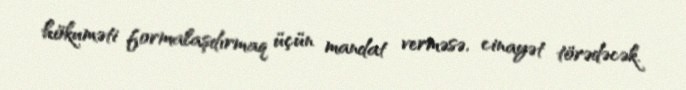
hökuməti formalaşdırmaq üçün mandat verməsə, cinayət törədəcək.